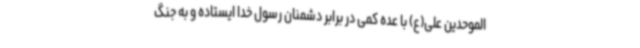
الموحدین علی(ع) با عده کمی در برابر دشمنان رسول خدا ایستاده و به جنگ